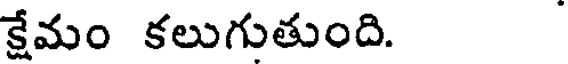
క్షేమం కలుగుతుంది.